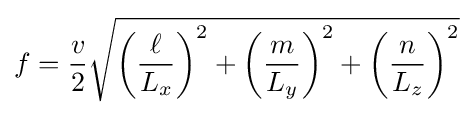
f={v \over 2}{\sqrt {\left({\ell  \over L_{x}}\right)^{2}+\left({m \over L_{y}}\right)^{2}+\left({n \over L_{z}}\right)^{2}}}